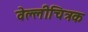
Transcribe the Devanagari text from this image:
वेल्लीचित्रक